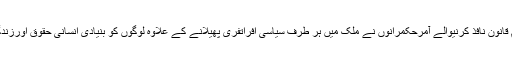
انہوں نے کہا کہ قرآن و سنت سے متصادم قانون نافذ کرنیوالے آمرحکمرانوں نے ملک میں ہر طرف سیاسی افراتفری پھیلانے کے علاوہ لوگوں کو بنیادی انسانی حقوق اورزندگی کی ضروریات سے محروم کردیا ہے ۔